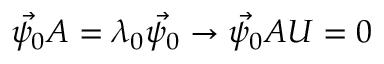
\vec { \psi _ { 0 } } A = \lambda _ { 0 } \vec { \psi _ { 0 } } \rightarrow \vec { \psi _ { 0 } } A U = 0